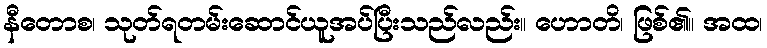
နီတောစ၊ သုတ်ရတမ်းဆောင်ယူအပ်ပြီးသည်လည်း။ ဟောတိ၊ ဖြစ်၏။ အထ၊